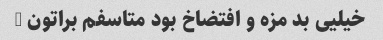
خیلیی بد مزه و افتضاخ بود متاسفم براتون …